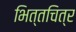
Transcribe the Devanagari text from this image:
भित्तचित्र